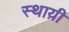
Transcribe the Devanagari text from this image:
स्थाय़ी